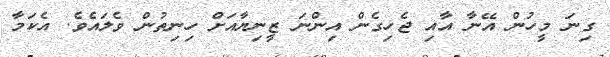
ގިނަ މީހުން އޭނާ އާއި ޖެހިގެން އިންނަ ޒީނިޔާއަށް ހިނިތުން ވެލައެވެ. އެކަމާ